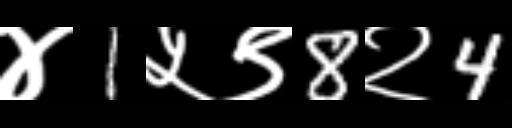
Text: ४1५९8२4